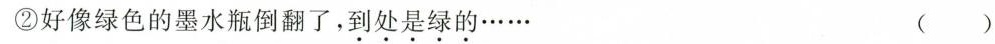
②好像绿色的墨水瓶倒翻了，到处是绿的…… ()